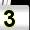
Digit: 3